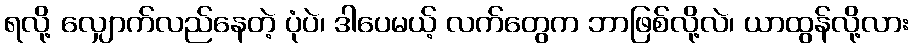
ရလို့ လျှောက်လည်နေတဲ့ ပုံပဲ၊ ဒါပေမယ့် လက်တွေက ဘာဖြစ်လို့လဲ၊ ယာထွန်လို့လား